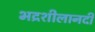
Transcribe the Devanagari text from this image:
भद्रशीलानदी